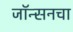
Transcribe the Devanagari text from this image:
जॉन्सनचा